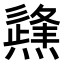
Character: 𤑊